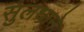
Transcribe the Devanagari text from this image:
सुलधाने